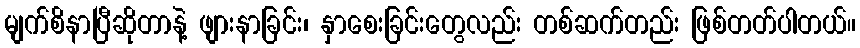
မျက်စိနာပြီဆိုတာနဲ့ ဖျားနာခြင်း၊ နှာစေးခြင်းတွေလည်း တစ်ဆက်တည်း ဖြစ်တတ်ပါတယ်။